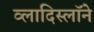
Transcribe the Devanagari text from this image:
व्लादिस्लॉने